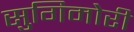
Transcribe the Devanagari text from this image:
सुगिमोरी